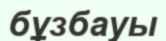
бұзбауы